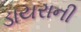
ડાયરાની